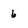
Character: 6